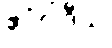
ဧဝံဝါဒီသု